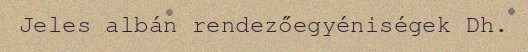
Jeles albán rendezőegyéniségek Dh.